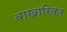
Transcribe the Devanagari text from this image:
वाखारिकर